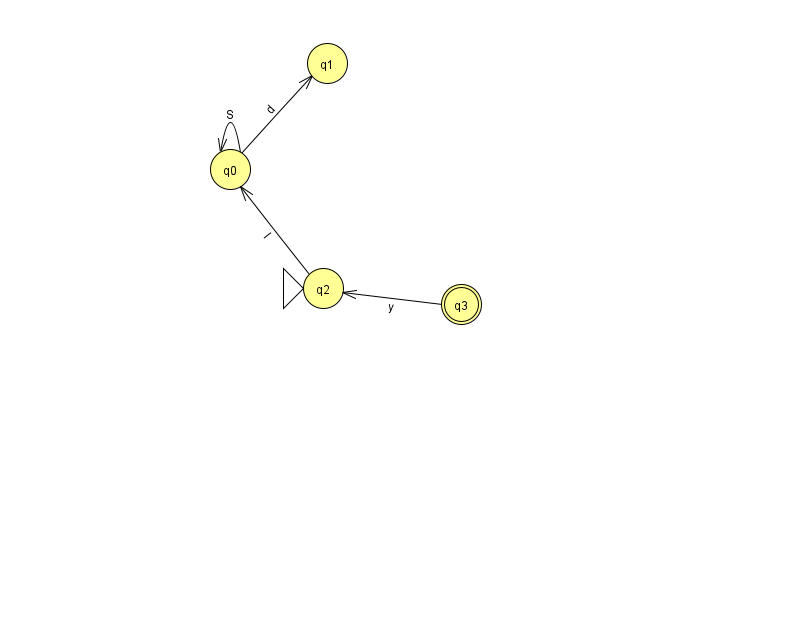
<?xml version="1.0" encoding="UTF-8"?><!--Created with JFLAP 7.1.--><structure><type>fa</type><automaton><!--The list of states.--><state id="0" name="q0"><x>230.0</x><y>156.0</y></state><state id="1" name="q1"><x>327.0</x><y>50.0</y></state><state id="2" name="q2"><x>323.0</x><y>275.0</y><initial/></state><state id="3" name="q3"><x>461.0</x><y>291.0</y><final/></state><!--The list of transitions.--><transition><from>0</from><to>0</to><read>S</read></transition><transition><from>0</from><to>1</to><read>d</read></transition><transition><from>3</from><to>2</to><read>y</read></transition><transition><from>2</from><to>0</to><read>l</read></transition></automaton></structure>